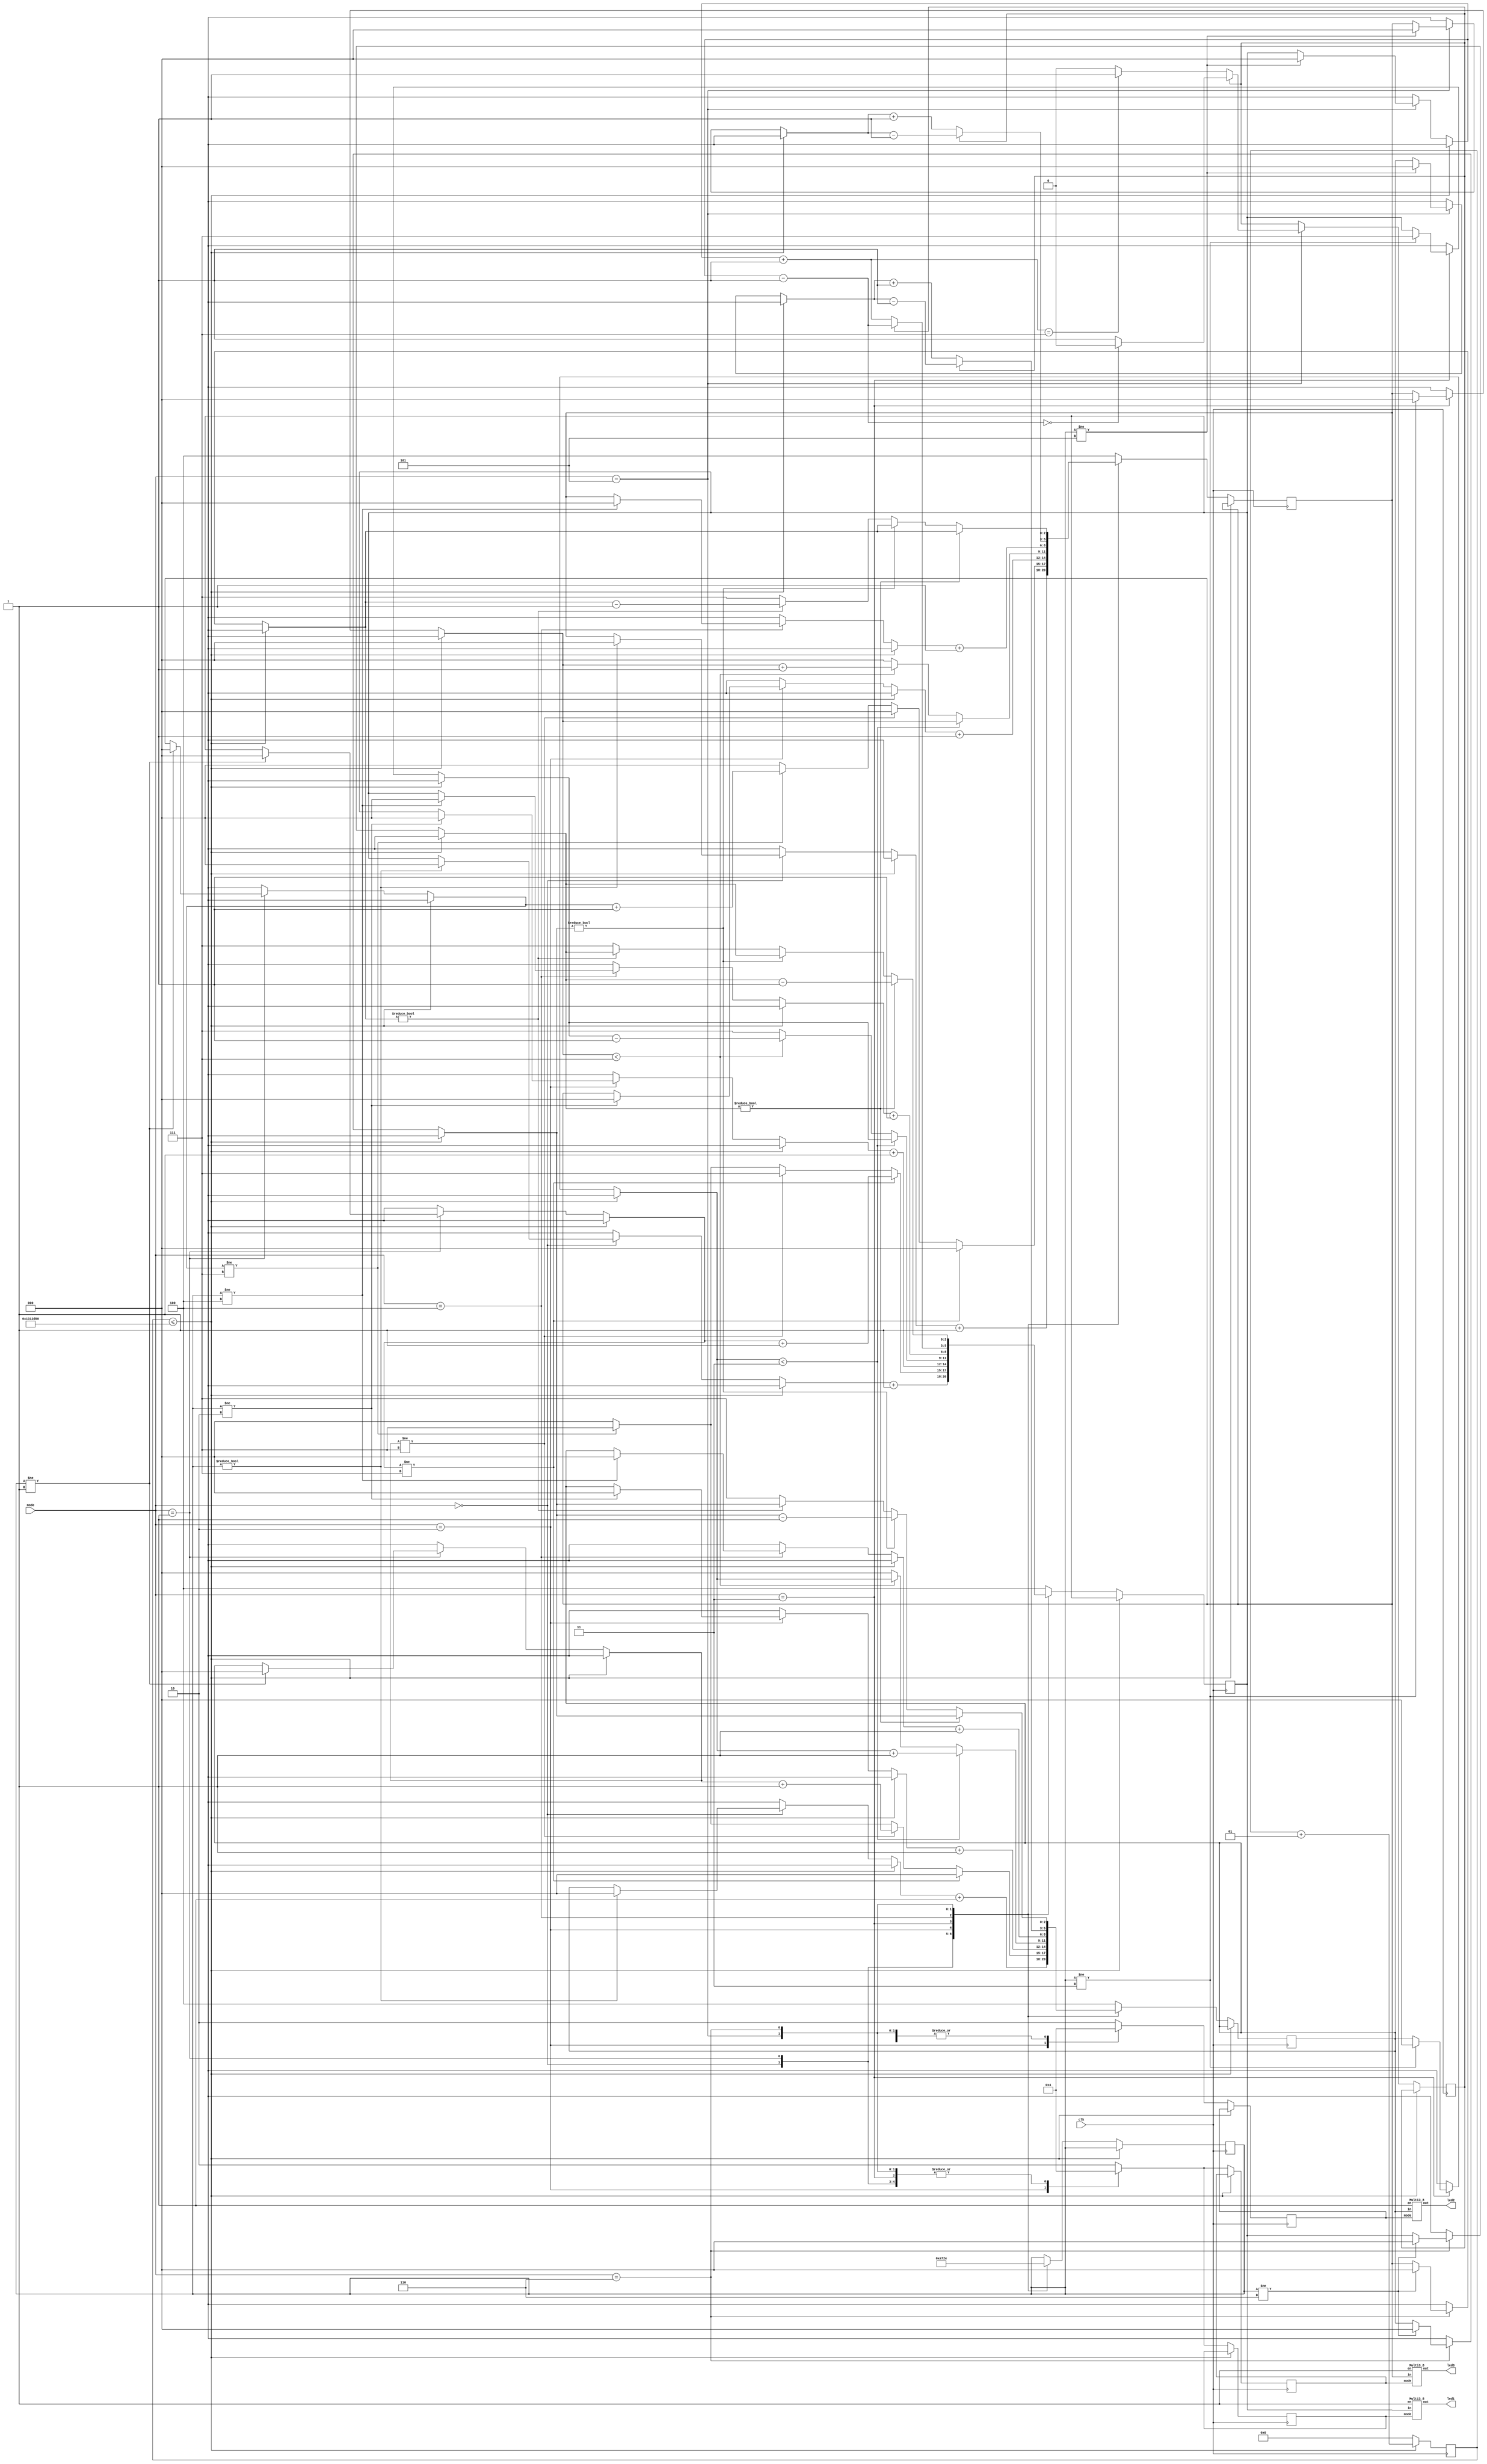
`timescale 1ns / 1ps
//////////////////////////////////////////////////////////////////////////////////
// Company: 
// Engineer: 
// 
// Design Name: 
// Module Name: light_
// Project Name: 
// Target Devices: 
// Tool Versions: 
// Description: 
// 
// Dependencies: 
// 
// Revision:
// Revision 0.01 - File Created
// Additional Comments:
// 
//////////////////////////////////////////////////////////////////////////////////


module light(
    input clk,
    input[2:0]  mode,
    output [7:0] led1,
    output [7:0] led2,
    output [7:0] led3
    );   
    reg[2:0]change1=3'b000, change2=3'b000,change3=3'b000;
    reg[2:0] last_mode=3'b0;
    reg en1=1,en2=1,en3=1;
    reg[1:0] m1=0,m2=0,m3=0;
    reg boolean=0;//check the direction of led
    Multi3_8 u1(en1,m1,change1,led1);
    Multi3_8 u2(en2,m2,change2,led2);
    Multi3_8 u3(en3,m3,change3,led3);
    //reg[7:0] rand=1'b0;
    integer count=0;
    integer cnt_change=0;
    parameter freq=20000000;
    
 
   
    always@(posedge clk)
    begin
    if(count <= freq)
    count=count+1;
    else
    begin
    count=0;
    case(mode)
    0:begin//from left to right at the same time
    m1=0;
    m2=0;
    m3=0;
    if(last_mode!=3'b0)
    begin
    change1=0;
    change2=0;
    change3=0;
    end
    last_mode=0;
    change1=change1+1;
    change2=change2+1;
    change3=change3+1;
    end
    1:begin  //from left to right one by one
    m1=0;
    m2=0;
    m3=0;
    if(last_mode!=3'b1)
        begin
        change1=0;
        change2=0;
        change3=0;
        end
        last_mode=1;
    if(change1!=7)
    begin 
    change1=change1+1;
    change2=0;
    change3=0;
    end
    else
    begin
        if(change2!=7)
        begin
        change1=7;
        change2=change2+1;
        change3=0;
        end
        else
        begin
            if(change3!=7)
             begin
             change1=7;
             change2=7;
             change3=change3+1;
             end
             else
             begin
                change1=0;
                change2=0;
                change3=0;
             end
       end
    end
    end
    2:begin// from left to right at the same time in another view
       m1=1;
       m2=1;
       m3=1;
       if(last_mode!=3'd2)
       begin
       change1=0;
       change2=0;
       change3=0;
        end
    last_mode=2;
    change1=change1+1;
    change2=change2+1;
    change3=change3+1;
    end
    3:begin//from middle to side
    m1=0;
    m2=2;
    m3=0;
    if(last_mode!=3)
    begin
    change1=7;
    change2=0;
    change3=0;
    end
    last_mode=3;
    if(change2<3)
    change2=change2+1;
    else
        begin
        if(change3<7)
        begin
        change1=change1-1;
        change3=change3+1;
        end
        else
            begin
            change1=7;
            change2=0;
            change3=0;
            end
        end
    end
    4:begin
    m1=2;
    m2=2;
    m3=2;
    if(last_mode!=4)
           begin
           change1=0;
           change2=0;
           change3=0;
           end
    last_mode=4;
    change1=change1+1;
    change2=change2+1;
    change3=change3+1;
    end
    5:begin
    
    m1=0;
    m2=0;
    m3=0;
    if(last_mode!=5)
        begin
        change1=0;
        change2=0;
        change3=0;
        end
    last_mode=5;
    if(boolean==0)
    begin
    change1=change1+1;
    change2=change2+1;
    change3=change3+1;
    if(change1==7)
    begin
    boolean=1;
    end
    end
    else
    begin
    change1=change1-1;
    change2=change2-1;
    change3=change3-1;
    if(change1==0)
    boolean=0;
    end
    end
    6:begin
        m1=0;
        m2=0;
        m3=0;
 if(last_mode!=6)
        begin
        change1=0;
        change2=0;
        change3=0;
        end
        last_mode=6;
        if(change1!=0)
        begin 
        change1=change1-1;
        end
        else
        begin
            if(change2!=0)
            begin
            change2=change2-1;
            end
            else
            begin
                if(change3!=0)
                 begin
                 change3=change3-1;
                 end
                 else
                 begin
                    change1=7;
                    change2=7;
                    change3=7;
                 end
           end
        end
    end
    default:
    begin
       m1=2;
       m2=2;
       m3=2;
       change1=4;
       change2=4;
       change3=4;
       end
    endcase
    end
    end
endmodule

module Multi3_8(
    input en,
    input [1:0]mode,
    input [2:0] in,
    output reg [7:0] out
    );
   always@(*)
   begin
   if(en==1)
   begin
   case(mode)
   2'd0:begin
        case(in)
        3'b000: out=8'b00000001;
        3'b001: out=8'b00000010;
        3'b010: out=8'b00000100;
        3'b011: out=8'b00001000;
        3'b100: out=8'b00010000;
        3'b101: out=8'b00100000;
        3'b110: out=8'b01000000;
        3'b111: out=8'b10000000;
        endcase
        end
   2'd1:begin 
        case(in)
        3'b000: out=8'b00000101;
        3'b001: out=8'b00001010;
        3'b010: out=8'b00010100;
        3'b011: out=8'b00101000;
        3'b100: out=8'b01010000;
        3'b101: out=8'b10100000;
        3'b110: out=8'b01000001;
        3'b111: out=8'b10000010;
        endcase
        end
    2'd2:begin
        case(in)
            3'b000: out=8'b00011000;
            3'b001: out=8'b00100100;
            3'b010: out=8'b01000010;
            3'b011: out=8'b10000001;
            default out=8'b00000000;
            endcase
      end
         
    endcase
    end
    end
    
endmodule